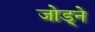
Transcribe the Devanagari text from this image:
जोड्ने